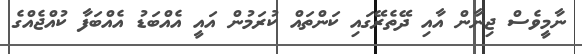
ނާމީވެސް ޖިނާން އާއި ދޭތެރޭގައި ކަންތައް ކުރަމުން އައީ އެއްބަޑު އެއްބަފާ ކުއްޖެއްގެ